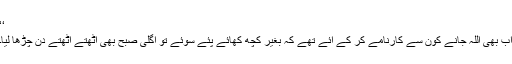
‘‘
اب بھی اللہ جانے کون سے کارنامے کر کے آئے تھے کہ بغیر کچھ کھائے پئے سوئے تو اگلی صبح بھی اٹھتے اٹھتے دن چڑھا لیا۔